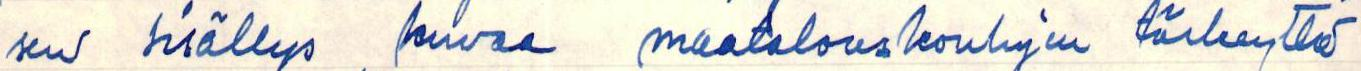
sen sisällys kuvaa maatalouskoulujen tärkeyttä